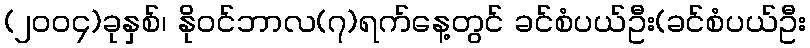
(၂၀၀၄)ခုနှစ်၊ နိုဝင်ဘာလ(၇)ရက်နေ့တွင် ခင်စံပယ်ဦး(ခင်စံပယ်ဦး